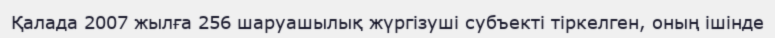
Қалада 2007 жылға 256 шаруашылық жүргізуші субъекті тіркелген, оның ішінде